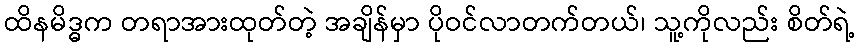
ထိနမိဒ္ဓက တရာအားထုတ်တဲ့ အချိန်မှာ ပိုဝင်လာတက်တယ်၊ သူ့ကိုလည်း စိတ်ရဲ့